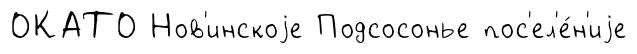
ОКАТО Нов'инскоjе Подсосонье пос'ел'е́н'иjе